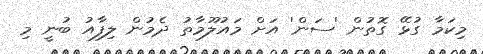
މިކަމާ ގުޅޭ ގޮތުން 'ސަން' އަށް މައުލޫމާތު ދެމުން ލިފާއު ބުނީ މި